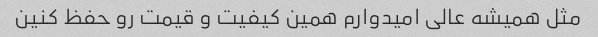
مثل همیشه عالی امیدوارم همین کیفیت و قیمت رو حفظ کنین